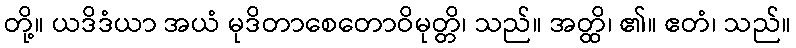
တို့။ ယဒိဒံယာ အယံ မုဒိတာစေတောဝိမုတ္တိ၊ သည်။ အတ္ထိ၊ ၏။ ဧတံ၊ သည်။